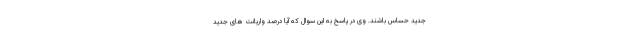
جدید حساس باشند. وی در پاسخ به این سوال که آیا درصد واریانت های جدید